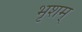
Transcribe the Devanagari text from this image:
भृशम्‌